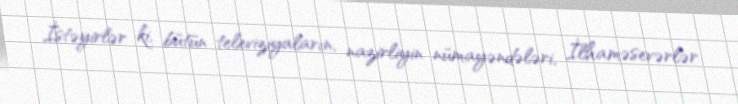
İstəyirlər ki, bütün televiziyaların, nazirliyin nümayəndələri, İlhaməsevərlər